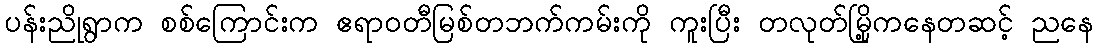
ပန်းညိုရွာက စစ်ကြောင်းက ဧရာဝတီမြစ်တဘက်ကမ်းကို ကူးပြီး တလုတ်မြို့ကနေတဆင့် ညနေ